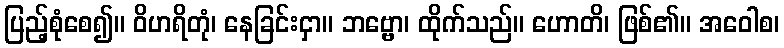
ပြည့်စုံစေ၍။ ဝိဟရိတုံ၊ နေခြင်းငှာ။ ဘဗ္ဗော၊ ထိုက်သည်။ ဟောတိ၊ ဖြစ်၏။ အဝေါစ၊